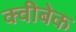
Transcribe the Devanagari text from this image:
क्वीबेक